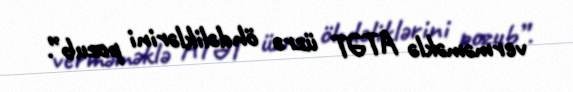
verməməklə ATƏT üzrə öhdəliklərini pozub”.